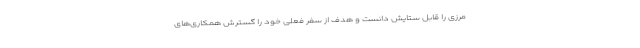
مرزی را قابل ستایش دانست و هدف از سفر فعلی خود را گسترش همکاری‌های